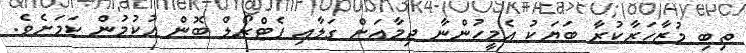
ތިބި މުޒާހަރާކުރާ ބަޔަކު އެމީހުންނާ ދިމާއަށް ގަލާއި ޕެޓްރޯލް ބޮން އުކުމުން ކަމަށެވެ.